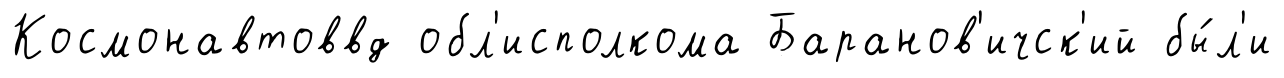
Космонавтоввд обл'исполкома Баранов'ичск'ий бы́л'и